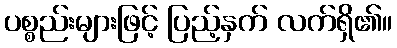
ပစ္စည်းများဖြင့် ပြည့်နှက် လက်ရှိ၏။